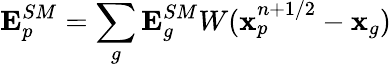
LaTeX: \mathbf{E}_{p}^{SM}=\sum_{g}\mathbf{E}_{g}^{SM}W(\mathbf{x}_{p}^{n+1/2}-\mathbf{x}_{g})